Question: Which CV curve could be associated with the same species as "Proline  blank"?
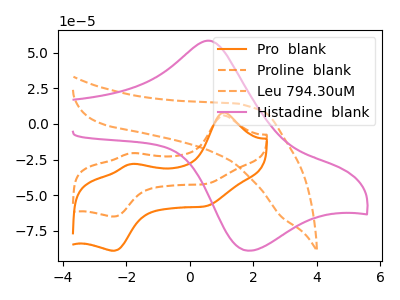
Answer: <think>The orange curve "Pro  blank" has anodic peaks at (1.05V, 8.05uA) (-1.85V, -28.10uA) and cathodic peaks at (0.55V, -57.50uA) (-2.40V, -88.95uA). The orange dashed curve "Proline  blank" has anodic peaks at (1.05V, 5.85uA) (-1.85V, -20.50uA) and cathodic peaks at (0.55V, -42.00uA) (-2.40V, -64.95uA). The orange dashed curve "Leu 794.30uM" has no peaks. The pink curve "Histadine  blank" has an anodic peak at (0.55V, 58.30uA) and a cathodic peak at (1.85V, -88.85uA).
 All the peaks in "Pro  blank" have a peak in "Proline  blank" at the same potential. "Pro  blank" and "Leu 794.30uM" have a different number of peaks. "Pro  blank" and "Histadine  blank" have a different number of peaks. "Proline  blank" and "Leu 794.30uM" have a different number of peaks. "Proline  blank" and "Histadine  blank" have a different number of peaks. "Leu 794.30uM" and "Histadine  blank" have a different number of peaks.</think>
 <answer>The CV with the most similar shape to "Pro  blank" is "Proline  blank".</answer>
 <eval>"Proline  blank"</eval>